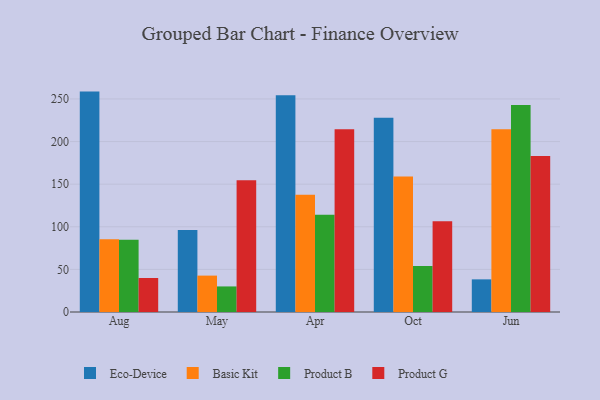
{"axis": {"x": "Month", "y": "Backlog"}, "legend": ["Basic Kit", "Eco-Device", "Product B", "Product G"], "data": [{"x": "Aug", "y": 258.6, "type": "Eco-Device"}, {"x": "Aug", "y": 85.4, "type": "Basic Kit"}, {"x": "Aug", "y": 84.7, "type": "Product B"}, {"x": "Aug", "y": 39.9, "type": "Product G"}, {"x": "May", "y": 96.1, "type": "Eco-Device"}, {"x": "May", "y": 42.7, "type": "Basic Kit"}, {"x": "May", "y": 30.0, "type": "Product B"}, {"x": "May", "y": 154.6, "type": "Product G"}, {"x": "Apr", "y": 254.4, "type": "Eco-Device"}, {"x": "Apr", "y": 137.5, "type": "Basic Kit"}, {"x": "Apr", "y": 114.2, "type": "Product B"}, {"x": "Apr", "y": 214.4, "type": "Product G"}, {"x": "Oct", "y": 227.9, "type": "Eco-Device"}, {"x": "Oct", "y": 159.0, "type": "Basic Kit"}, {"x": "Oct", "y": 54.0, "type": "Product B"}, {"x": "Oct", "y": 106.6, "type": "Product G"}, {"x": "Jun", "y": 38.3, "type": "Eco-Device"}, {"x": "Jun", "y": 214.5, "type": "Basic Kit"}, {"x": "Jun", "y": 242.9, "type": "Product B"}, {"x": "Jun", "y": 183.0, "type": "Product G"}]}